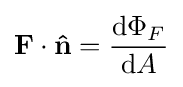
\mathbf {F} \cdot \mathbf {\hat {n}} ={\frac {\mathrm {d} \Phi _{F}}{\mathrm {d} A}}